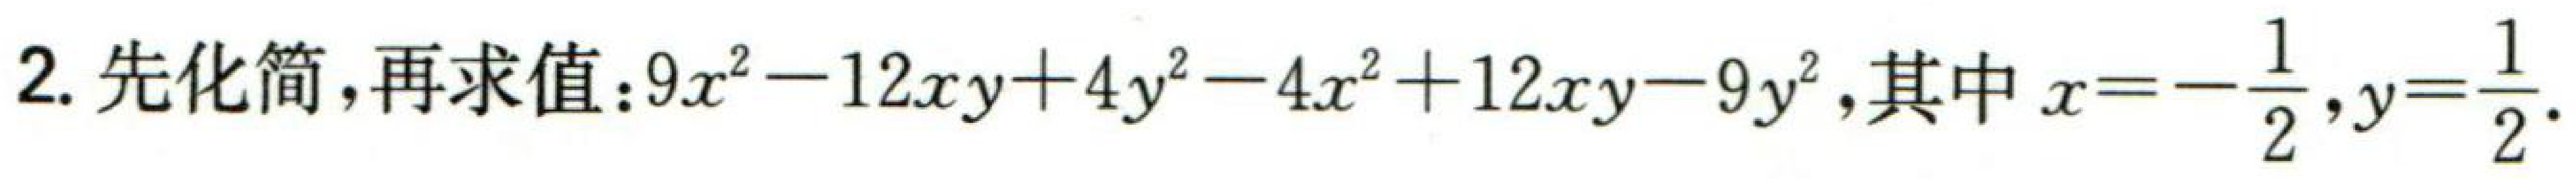
$2. 先化简,再求值：9x^{2}-12xy + 4y^{2}-4x^{2}+12xy - 9y^{2},其中x = -\frac{1}{2},y=\frac{1}{2}.$